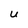
Character: u